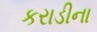
કરાડીના